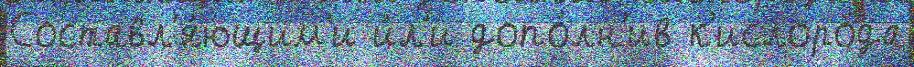
Составл'я́ющим'и и́л'и допо́лн'ив к'ислоро́да